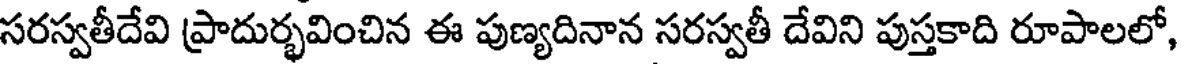
సరస్వతీదేవి ప్రాదుర్భవించిన ఈ పుణ్యదినాన సరస్వతీ దేవిని పుస్తకాది రూపాలలో,